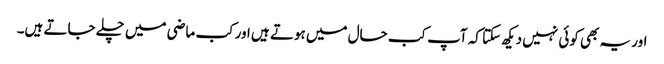
اور یہ بھی کوئی نہیں دیکھ سکتا کہ آپ کب حال میں ہوتے ہیں اور کب ماضی میں چلے جاتے ہیں۔